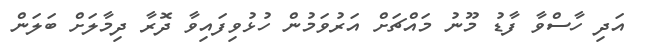
އަދި ހާސްވާ ފާޑު މޫނު މައްޗަށް އަރުވަމުން ހުޅުވިފައިވާ ދޮރާ ދިމާލަށް ބަލަން